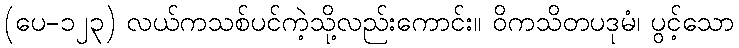
(ပေ-၁၂၃) လယ်ကသစ်ပင်ကဲ့သို့လည်းကောင်း။ ဝိကသိတပဒုမံ၊ ပွင့်သော